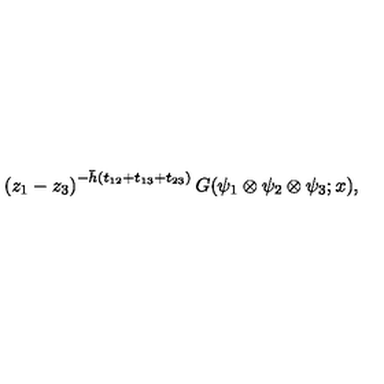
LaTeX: \left( z _ { 1 } - z _ { 3 } \right) ^ { - \bar { h } ( t _ { 1 2 } + t _ { 1 3 } + t _ { 2 3 } ) } G ( \psi _ { 1 } \otimes \psi _ { 2 } \otimes \psi _ { 3 } ; x ) ,